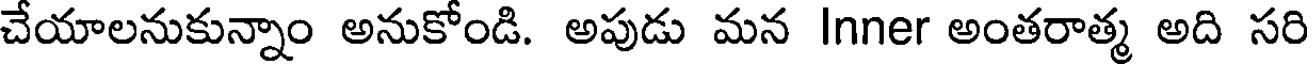
చేయాలనుకున్నాం అనుకోండి. అపుడు మన Inner అంతరాత్మ అది సరి